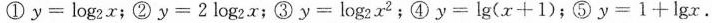
①y=log2x；②y=2log2x；③y=log2x2；④y=lg(x+1)；⑤y=1+1gx.